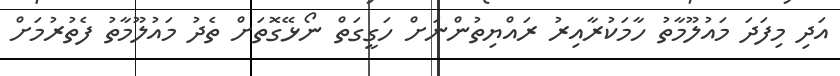
އަދި މިފަދަ މައުލޫމާތު ހާމަކުރާއިރު ރައްޔިތުންނަށް ހަގީގަތް ނޯޅޭގޮތަށް ތެދު މައުލޫމާތު ފެތުރުމަށް